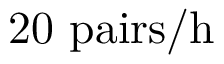
2 0 \ \mathrm { p a i r s / h }